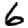
Digit: 6